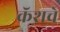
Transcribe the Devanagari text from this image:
क्रॅशचे